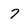
Character: 7